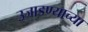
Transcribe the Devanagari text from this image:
उजाडण्याच्या